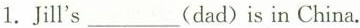
1.Jill's ___(dad) is in China.